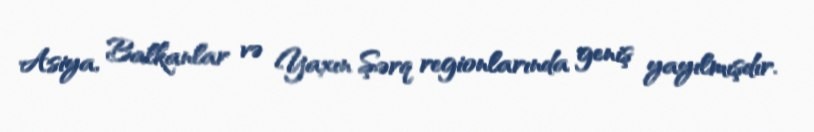
Asiya, Balkanlar və Yaxın Şərq regionlarında geniş yayılmışdır.